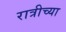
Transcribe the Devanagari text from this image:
रात्रीच्या